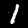
Digit: 1